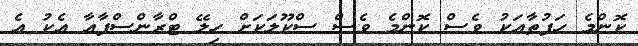
ކޮންމެ ހަފުތާއަކު ވެސް ކޮންމެ ވެސް ސްކޫލަކަށް ހިލޭ ޓްރާންސްފާއާ އެކު އެ